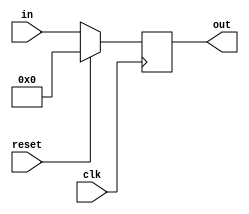
`timescale 1ns / 1ns


module PC(
	 out,					  // mem address out
	 in,                  // mem address in
	 clk,
    reset
    );

parameter size = 32;

input clk;
input reset;
input [size-1:0] in;
output reg [size-1:0] out;

always @(posedge clk) begin

if (reset) 
out <= 0;
else
out <= in;

end

endmodule